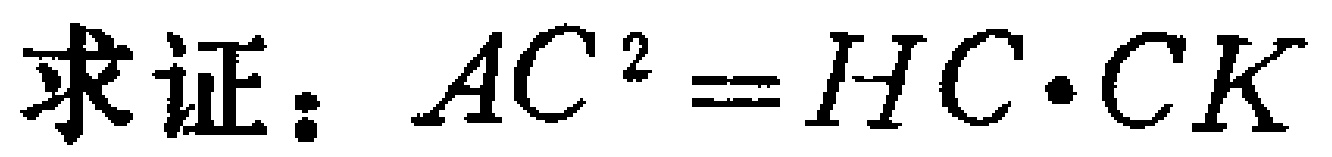
求证：\(AC^{2}=HC\cdot CK\)